Vaccination in the Punjab 1897-1904 - 1897-1904
Year: 1897
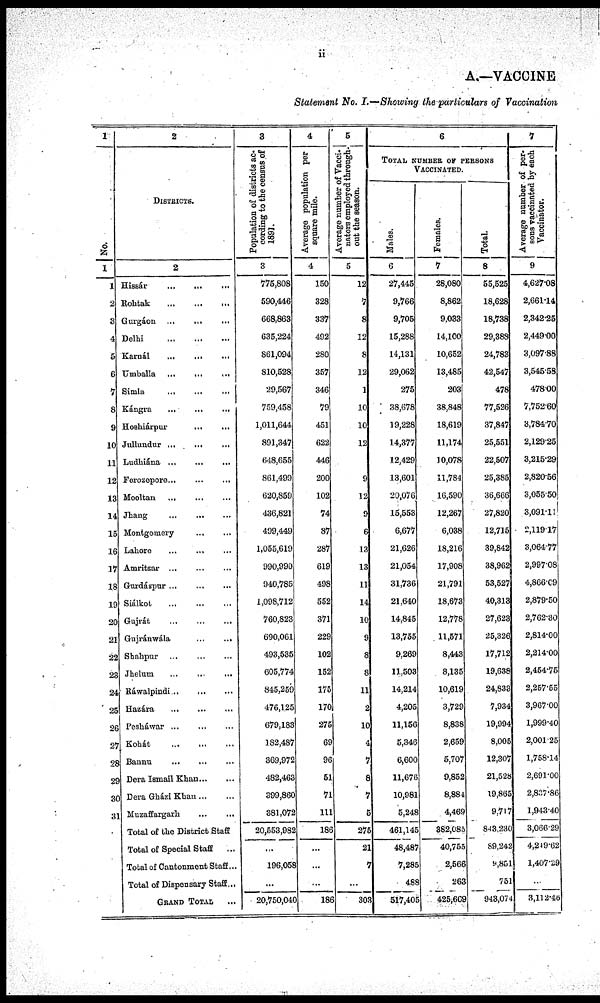
ii
A.—VACCINE
Statement No. I.—Showing the particulars of Vaccination
1
No.
1
1
2
3
4
5
6
7
8
9
10
11
12
13
14
15
16
17
18
19
20
21
22
23
24
25
26
27
28
29
30
31
2
DISTRICTS.
2
Hissár
...
...
...
Rohtak
...
...
...
Gurgáon ... ... ...
Delhi
...
...
...
Karnál
...
...
...
Umballa ... ... ...
Simla ... ... ...
Kángra
...
...
...
Hoshiárpur
...
...
Jullundur ... ... ...
Ludhiána ... ... ...
Ferozepore...
...
...
Mooltan ... ... ...
Jhang ... ... ...
Montgomery
...
...
Lahore ... ... ...
Amritsar ... ... ...
Gurdáspur ...
...
...
Siálkot ... ... ...
Gujrát
...
...
...
Gujránwála ... ...
Shahpur
...
...
...
Jhelum ... ... ...
Ráwalpindi
...
...
...
Hazára
...
...
...
Pesháwar ... ... ...
Kohát
... ... ...
Bannu
...
...
...
Dera Ismail Khan ... ...
Dera Gházi Khan ... ...
Muzaffargarh
...
...
Total of the District Staff
Total of Special Staff ...
Total of Cantonment Staff...
Total of Dispensary Staff...
GRAND TOTAL ...
3
Population of districts ac-
cording to the census of
1891.
3
775,808
590,446
668,863
635,224
861,094
810,528
29,567
759,458
1,011,644
891,347
648,655
861,499
620,859
436,821
499,449
1,055,610
990,990
940,785
1,098,712
760,823
690,061
493,535
605,774
845,259
476,125
679,183
182,487
369,972
482,463
399,860
381,072
20,553,982
...
196,058
...
20,750,040
4
Average population per
square mile.
4
150
328
337
492
280
357
346
79
451
622
446
200
102
74
87
287
619
498
552
371
229
102
152
175
170
275
69
96
51
71
111
186
...
...
...
186
5
Average number of vacci¬
nators employed through-
out the season.
5
12
7
8
12
8
12
1
10
10
12
9
12
9
6
13
13
11
14
10
9
8
8
11
2
10
4
7
8
7
5
275
21
7
...
303
6
TOTAL NUMBER OF PERSONS
VACCINATED.
Males.
6
27,445
9,766
9,705
15,288
14,131
29,062
275
38,678
19,228
14,377
12,429
13,601
20,076
15,553
6,677
21,626
21,054
31,736
21,640
14,845
13,755
9,269
11,503
14,214
4,205
11,150
5,346
6,600
11,676
10,981
5,248
461,145
48,487
7,285
488
517,405
Females.
7
28,080
8,862
9,033
14,100
10,652
13,485
203
38,848
18,619
11,174
10,078
11,784
16,590
12,267
6,038
18,216
17,908
21,791
18,673
12,778
11,571
8,443
8,135
10,619
3,729
8,838
2,659
5,707
9,852
8,884
4,469
382,085
40,755
2,566
263
425,669
Total.
8
55,525
18,628
18,738
29,383
24,783
42,547
478
77,526
37,847
25,551
22,507
25,385
36,666
27,820
12,715
39,842
38,962
53,527
40,313
27,623
25,326
17,712
19,638
24,833
7,934
19,994
8,005
12,307
21,528
19,865
9,717
843,230
89,242
9,851
751
943,074
7
Average number of per¬
sons vaccinated by each
Vaccinator.
9
4,627.08
2,661.14
2,342.25
2,449.00
3,097.88
3,545.58
478.00
7,752.60
3,784.70
2,129.25
3,215.29
2,820.56
3,055.50
3,091.11
2,119.17
3,064.77
2,997.08
4,866.09
2,879.50
2,762.30
2,814.00
2,214.00
2,454.75
2,257.55
3,967.00
1,999.40
2,001.25
1,758.14
2,691.00
2,827.86
1,943.40
3,066.29
4,219.62
1,407.29
...
3,112.48